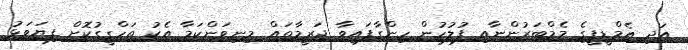
އަދި އެމްޑީޕީގެ މެމްބަރުންނާއި ފުލުހުން ހިންގާފައިވާ ޖަރީމާތައް މިނިވަންކަމާ އެކު ތަހްގީގުކޮށް ފިޔަވަޅު